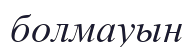
болмауын